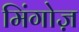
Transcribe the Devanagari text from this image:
मिंगोज़